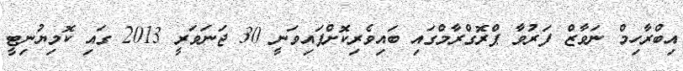
އިބްރާހިމް ނަވާޒް ފަރުވާ ޕްރޮގްރާމްގައި ބައިވެރިކޮށްފައިވަނީ 30 ޖަނަވަރީ 2013 ގައި ކޮމިޔުނިޓީ